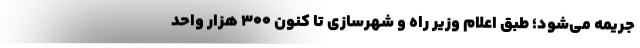
جریمه می‌شود؛ طبق اعلام وزیر راه و شهرسازی تا کنون ۳۰۰ هزار واحد